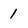
Character: 1